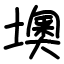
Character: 墺